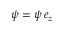
\boldsymbol { \psi } = \psi \, \boldsymbol { e } _ { z }